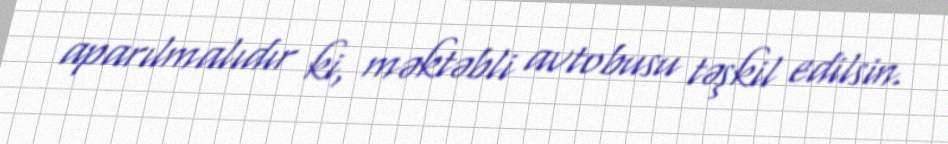
aparılmalıdır ki, məktəbli avtobusu təşkil edilsin.